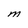
Character: M